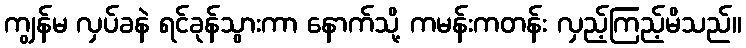
ကျွန်မ လှပ်ခနဲ ရင်ခုန်သွားကာ နောက်သို့ ကမန်းကတန်း လှည့်ကြည့်မိသည်။